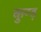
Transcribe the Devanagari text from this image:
कुण्ड़